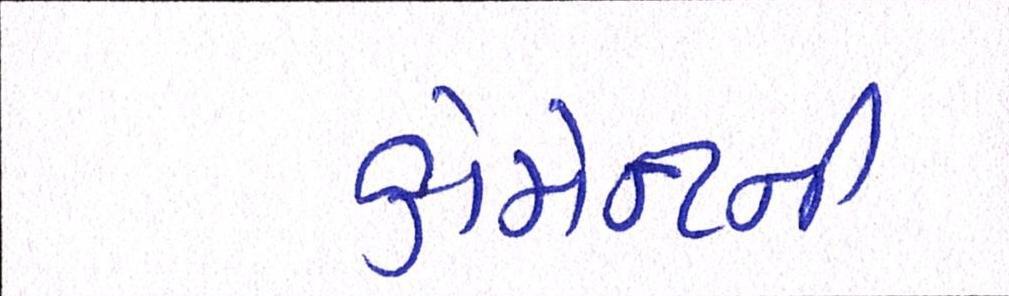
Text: કોમેન્ટની